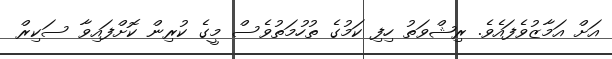
އަށް އަމާޒުވެފައެވެ. ރިޝްވަތު ހިފި ކަމުގެ ތުހުމަތުވެސް މީގެ ކުރިން ކޮށްފައިވާ ސަކިރް